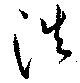
浩